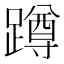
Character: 蹲